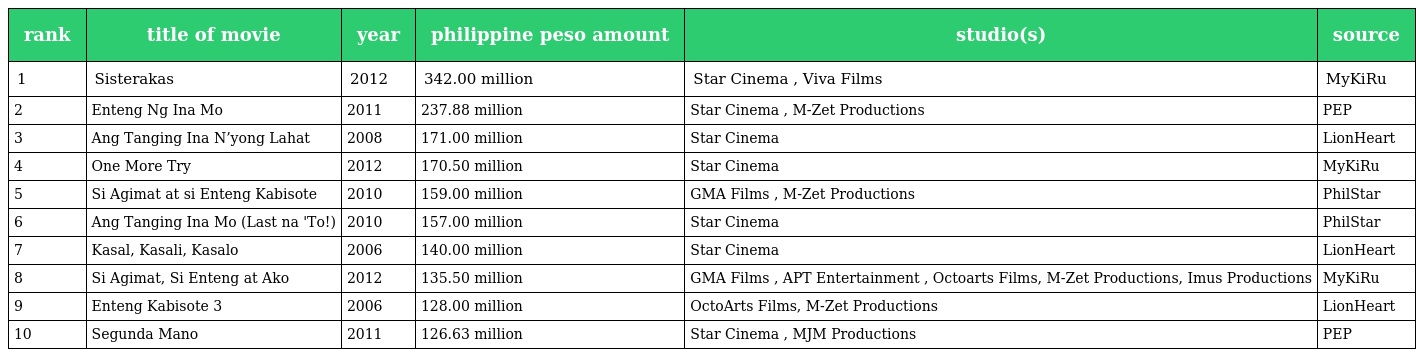
| rank | title of movie | year | philippine peso amount | studio(s) | source |
 | --- | --- | --- | --- | --- | --- |
 | 1 | Sisterakas | 2012 | 342.00 million | Star Cinema , Viva Films | MyKiRu |
 | 2 | Enteng Ng Ina Mo | 2011 | 237.88 million | Star Cinema , M-Zet Productions | PEP |
 | 3 | Ang Tanging Ina N’yong Lahat | 2008 | 171.00 million | Star Cinema | LionHeart |
 | 4 | One More Try | 2012 | 170.50 million | Star Cinema | MyKiRu |
 | 5 | Si Agimat at si Enteng Kabisote | 2010 | 159.00 million | GMA Films , M-Zet Productions | PhilStar |
 | 6 | Ang Tanging Ina Mo (Last na 'To!) | 2010 | 157.00 million | Star Cinema | PhilStar |
 | 7 | Kasal, Kasali, Kasalo | 2006 | 140.00 million | Star Cinema | LionHeart |
 | 8 | Si Agimat, Si Enteng at Ako | 2012 | 135.50 million | GMA Films , APT Entertainment , Octoarts Films, M-Zet Productions, Imus Productions | MyKiRu |
 | 9 | Enteng Kabisote 3 | 2006 | 128.00 million | OctoArts Films, M-Zet Productions | LionHeart |
 | 10 | Segunda Mano | 2011 | 126.63 million | Star Cinema , MJM Productions | PEP |